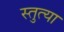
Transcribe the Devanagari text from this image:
स्तुत्या